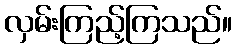
လှမ်းကြည့်ကြသည်။